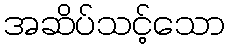
အဆိပ်သင့်သော